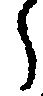
々